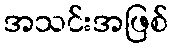
အသင်းအဖြစ်